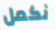
نكمل